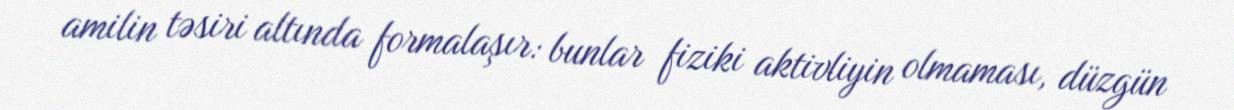
amilin təsiri altında formalaşır: bunlar fiziki aktivliyin olmaması, düzgün